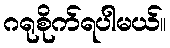
ဂရုစိုက်ရပါမယ်။